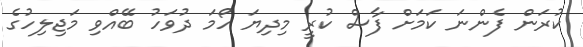
ކުރަން ފެންނަ ކަމަށް ފާސް ކުރީ މިދިޔަ ހޯމަ ދުވަހު ބޭއްވި މަޖިލިހުގެ